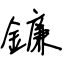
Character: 鐮